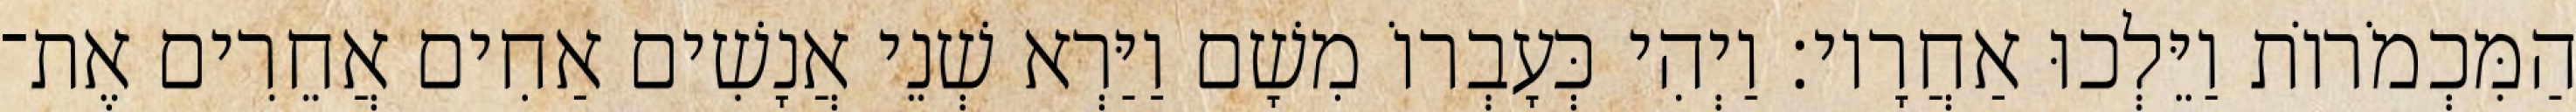
הַמִּכְמֹרוֹת וַיֵּלְכוּ אַחֲרָיו׃ וַיְהִי כְּעָבְרוֹ מִשָׁם וַיַּרְא שְׁנֵי אֲנָשִׁים אַחִים אֲחֵרִים אֶת־